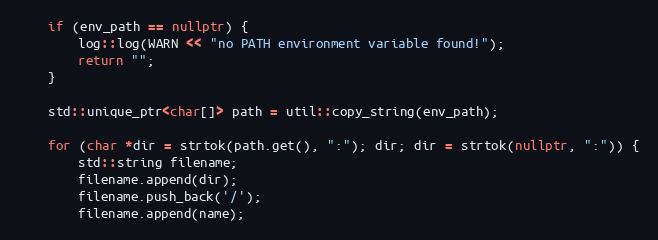
Language: C++
	if (env_path == nullptr) {
		log::log(WARN << "no PATH environment variable found!");
		return "";
	}

	std::unique_ptr<char[]> path = util::copy_string(env_path);

	for (char *dir = strtok(path.get(), ":"); dir; dir = strtok(nullptr, ":")) {
		std::string filename;
		filename.append(dir);
		filename.push_back('/');
		filename.append(name);